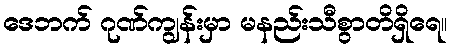
ဒေဘက် ဂုဏ်ကျွန်းမှာ မနည်းသီစွာတိရှိရေ။